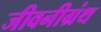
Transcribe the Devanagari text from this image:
जीवनीग्रंथ